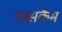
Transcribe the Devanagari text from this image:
एब्सकैम